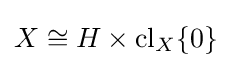
X\cong H\times \operatorname {cl} _{X}\{0\}